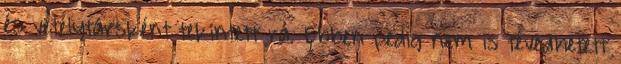
és vetélytársként tekintett rá. Ebben pedig nem is tévedhetett